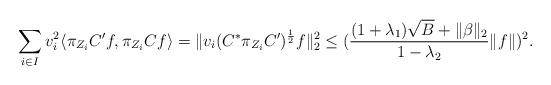
LaTeX: \begin{align*}\sum _{i \in I} v_{i}^{2}\langle \pi_{Z_{i}} C^{\prime}f, \pi _{Z_{i}} C f\rangle=\Vert v_{i} (C^{*} \pi_{{Z}_{i}}C^{\prime})^{\frac{1}{2}}f \Vert^{2}_{2}&\leq(\dfrac{(1+\lambda_{1})\sqrt{B} +\Vert\beta\Vert_{2} }{1-\lambda_{2}}\Vert f \Vert)^{2}.\end{align*}